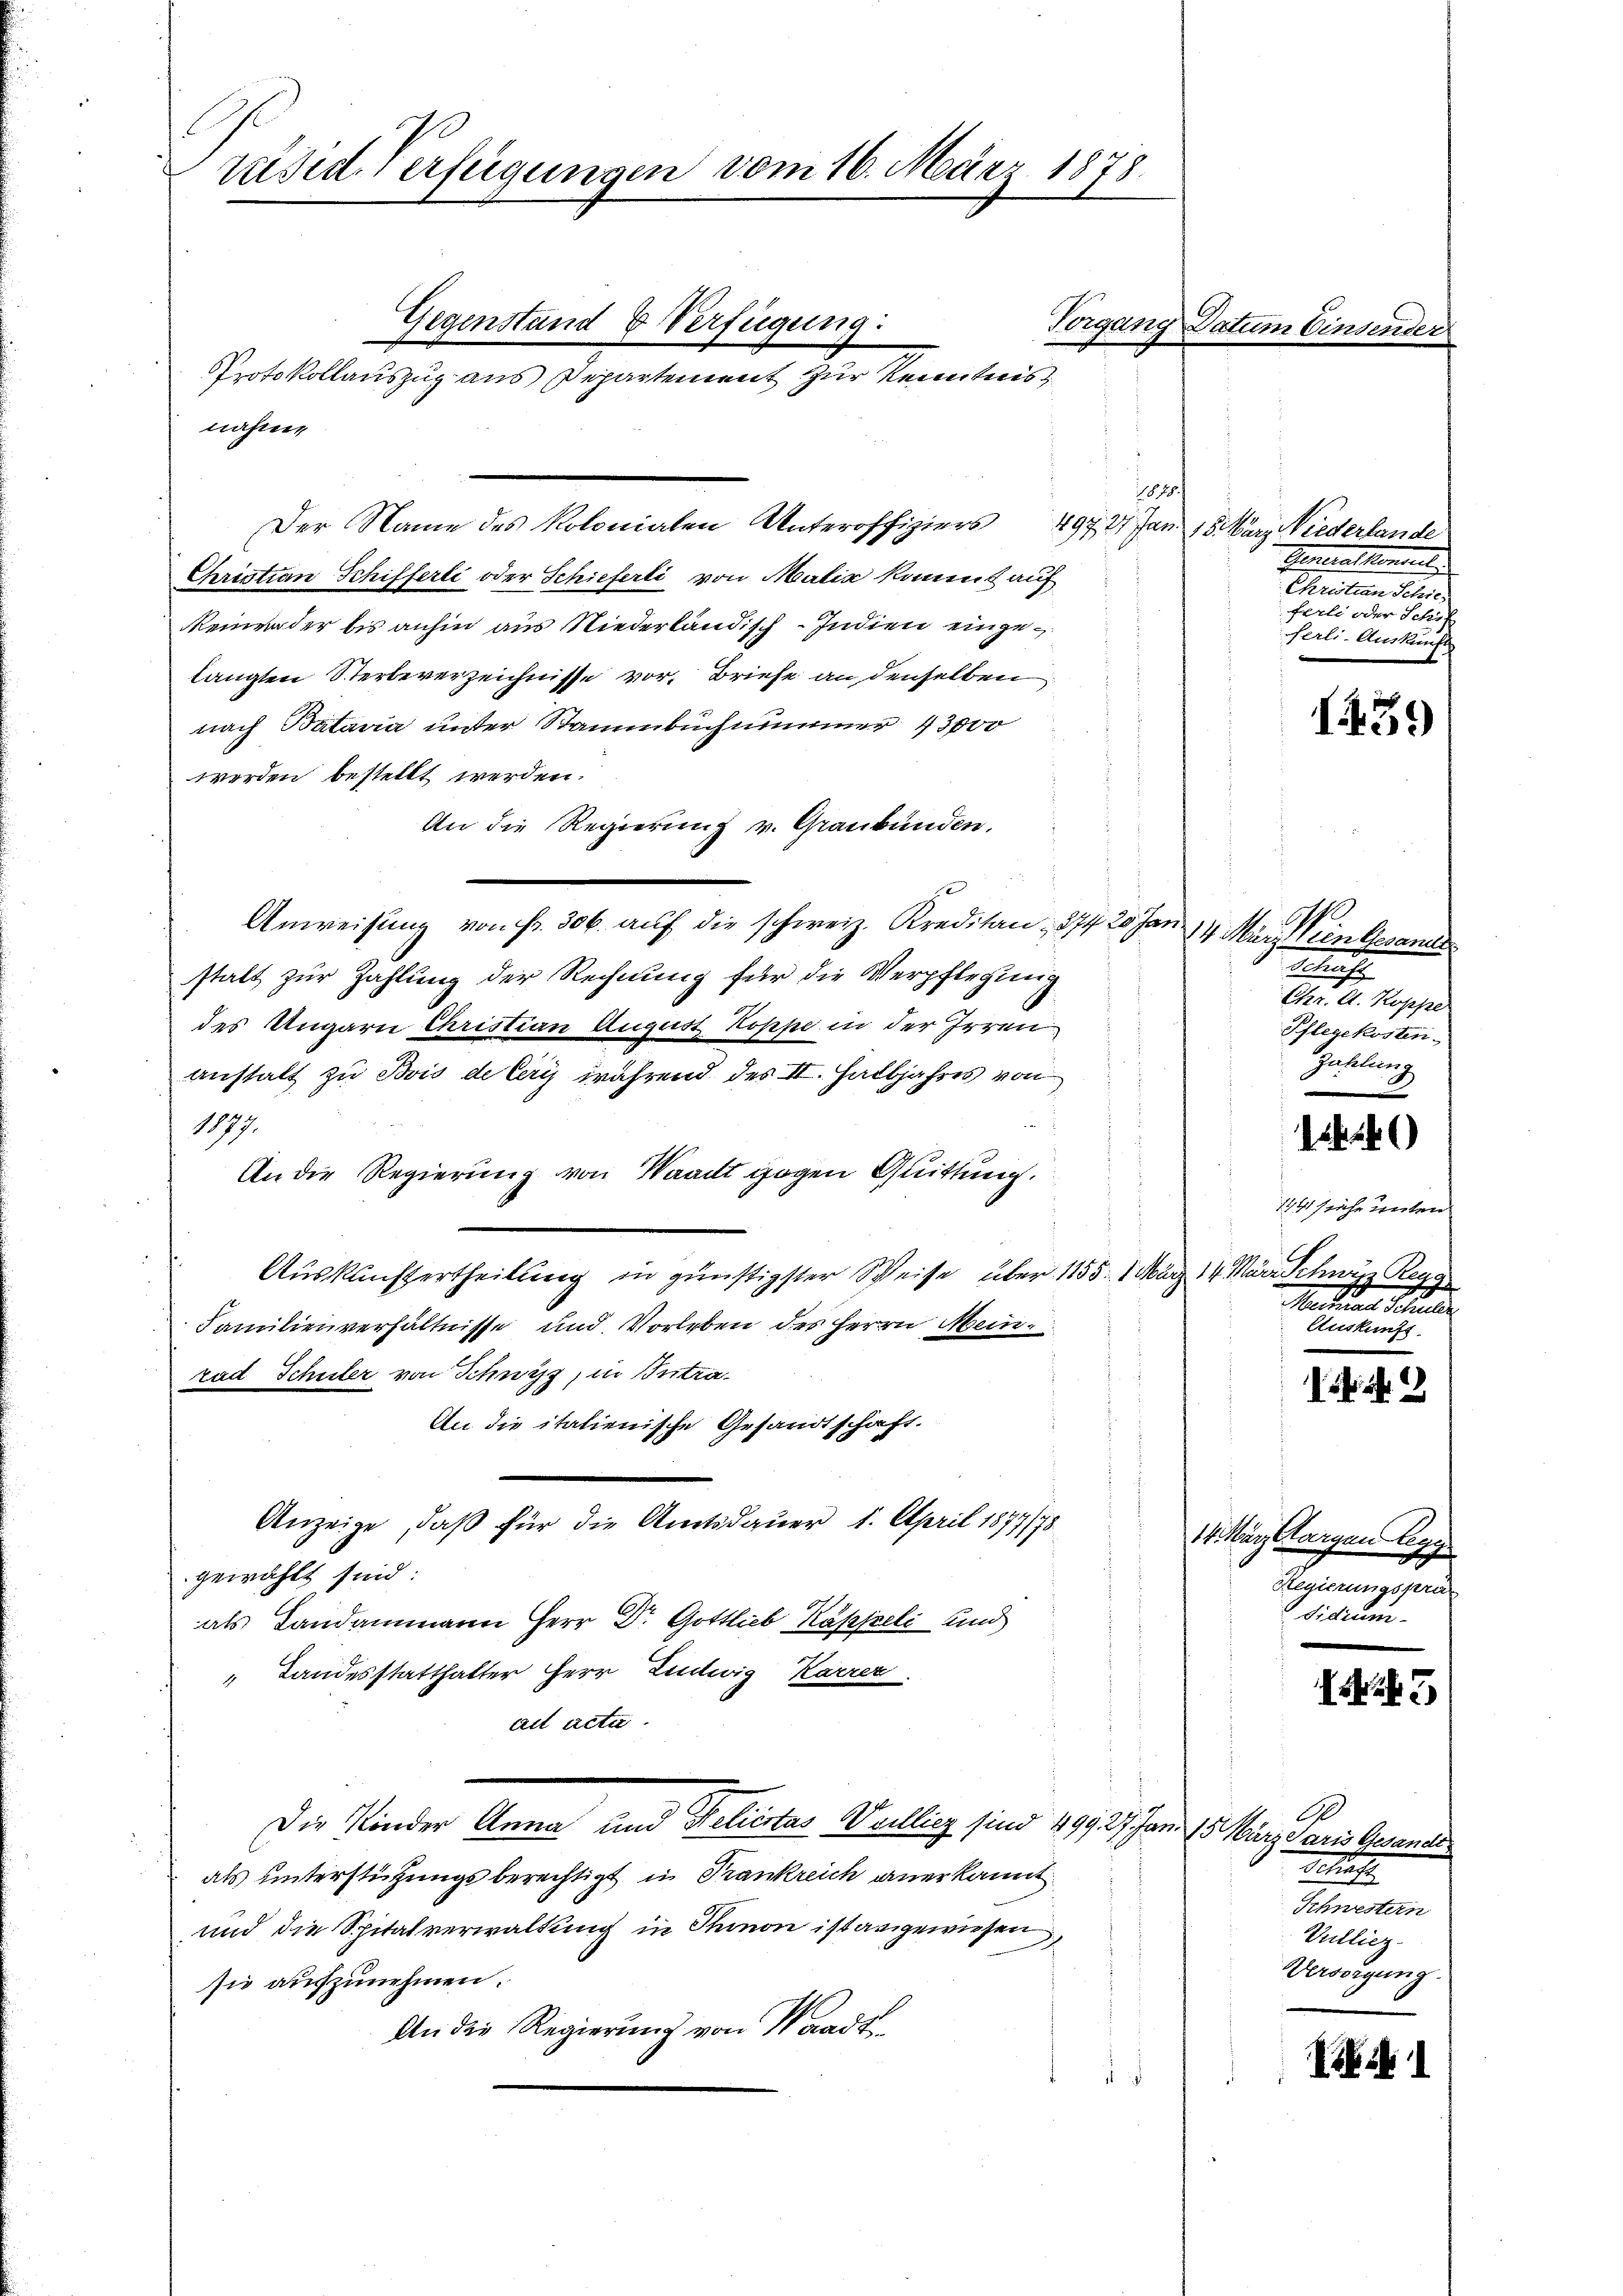
rusid. Verfügungen vom 16. März 1878.

nahme
Der Name des Kolonialen Unteroffiziers 497, 27. Jan. 15. März Niederlande
Christian Schifferli oder Schieferti von Malia kommt auf
Reiner der bis anhin aus Niederländisch-Indien eingelangten Sterbeverzeichnisse vor, Briefe an denselben
nach Batavia unter Stammbuch nimmer 43000
werden bestellt werden.
An die Regierung v. Graubünden.
Anweisung von Fr. 306. auf die schweiz. Kreditan, 274 20 Jan 14 März ein Gesandts
stalt zur Zahlung der Rechnung für die Verpflegung
des Ungarn Christian August Koppe in der Irren
anstalt zu Bois de leris während des II. Halbjahres von
1077.

An die Regierung von Waadt gegen Quittung.
Auskunftertheilung in günstigster Speise über 11551. März
Familienverhältnisse und Vorleben des Herrn Mein
t
rad Schuler von Schwyz, in Intra¬
An die italienische Gesandtschaft.
Anzeige, daß für die Amtsdauer 1. April 1877/78
gewählt sind:
als Landammann Herr Dr. Gottlieb Kappeli und
" Landesstatthalter Herr Ludwig Karrer.
ad acte.
Die Kinder Anna und Reliestes Weillig sind 199 27 Jan. 15. März aus Gesandte
als unterstützungsberechtigt in Frankreich anerkannt
und die Spitalverwaltung in Thinon ist angewiesen,
sie aufzunehmen.
An die Regierung von Waadt

Gegenstand & Verfügung:

Protokollauszug aus Departement zur Kenntnis

Vorgang Datum

1878.

Genthaltenen
Christian Schie
ferli oder Schr
ferli-Auskunf

1
Retracht
 egen
Pflegekosten.
Zahlung

1441 sehr unter
.
14. März Schwarz Reue
Martieren Schieder
vernennen.

1459

14

14. März Sorgen legg
Regierungspräs
didium

3

A
Sectirte
Schwestern
Vulliez.
Versorgung

Ei